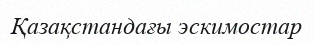
Қазақстандағы эскимостар